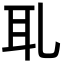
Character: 耴